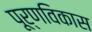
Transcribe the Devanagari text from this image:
पूर्णविकास